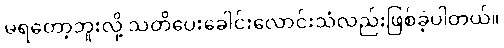
မရတော့ဘူးလို့ သတိပေးခေါင်းလောင်းသံလည်းဖြစ်ခဲ့ပါတယ်။